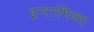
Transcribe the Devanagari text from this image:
इन्टरमिक्स